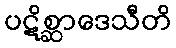
ပဋိစ္ဆာဒေသီတိ